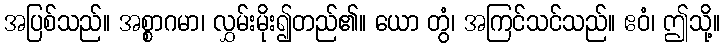
အပြစ်သည်။ အစ္စာဂမာ၊ လွှမ်းမိုး၍တည်၏။ ယော တွံ၊ အကြင်သင်သည်။ ဧဝံ၊ ဤသို့။